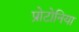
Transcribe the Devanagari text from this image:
प्रोटोनिया